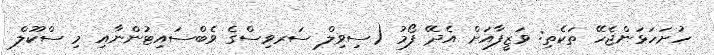
ހުށަހަޅަންޖެހޭ ތަކެތި: ވަޒީފާއަށް އެދޭ ފޯމު (ސިވިލް ސަރވިސްގެ ވެބްސައިޓުންނާއި މި ސްކޫލް